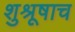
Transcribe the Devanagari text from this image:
शुश्रूषाच